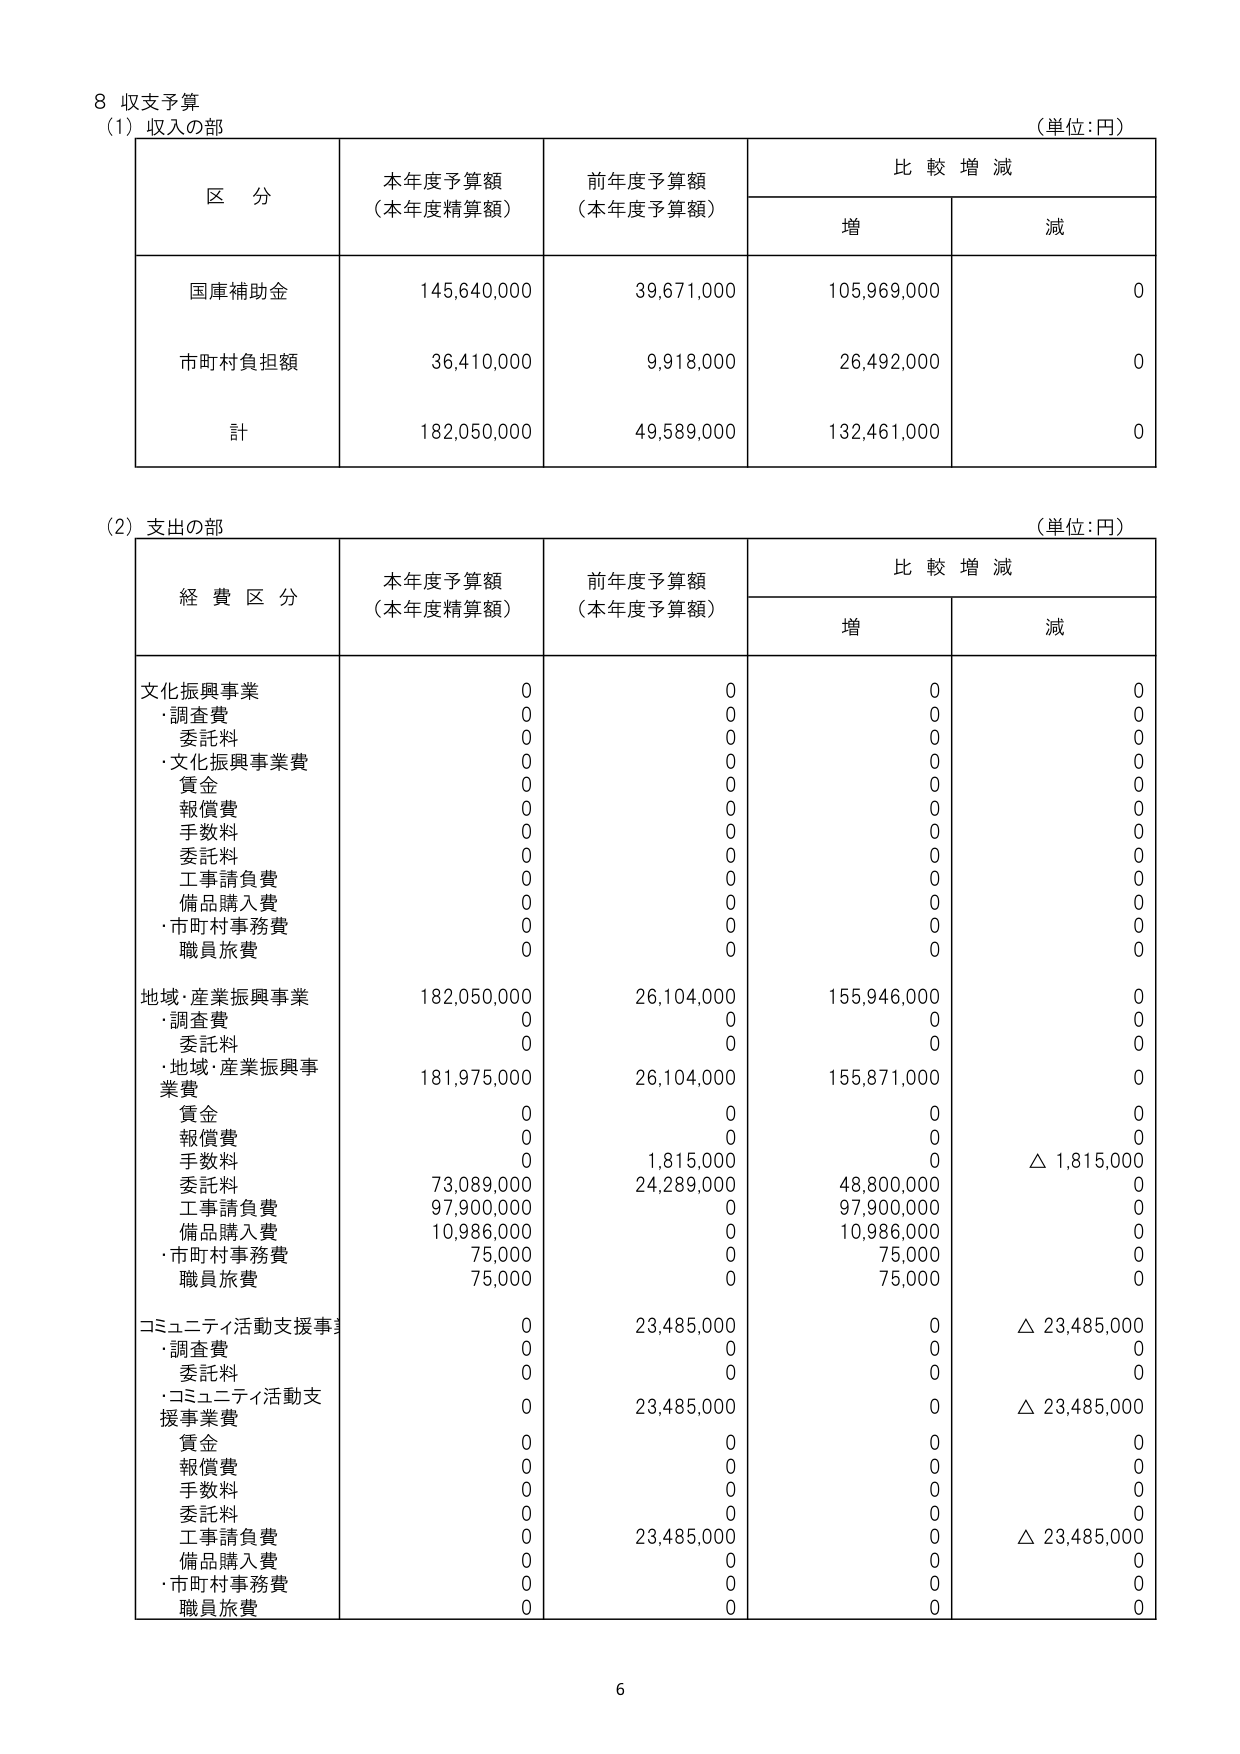
8 収支予算
(1) 収入の部
（単位：円）

区 分  本年度予算額（本年度精算額）  前年度予算額（本年度予算額）  比較増減
　　　　　　　　　　　　　　　　　　　　　　　　　　　　　　　　　　増　　　減

国庫補助金　　145,640,000　　39,671,000　　105,969,000　　0
市町村負担額　　36,410,000　　9,918,000　　26,492,000　　0
計　　　　182,050,000　　49,589,000　　132,461,000　　0

(2) 支出の部
（単位：円）

経費区分  本年度予算額（本年度精算額）  前年度予算額（本年度予算額）  比較増減
　　　　　　　　　　　　　　　　　　　　　　　　　　　　　　　　　　増　　　減

文化振興事業　　0　　0　　0　　0
　・調査費　　0　　0　　0　　0
　　委託料　　0　　0　　0　　0
　・文化振興事業費　　0　　0　　0　　0
　　賃金　　0　　0　　0　　0
　　報償費　　0　　0　　0　　0
　　手数料　　0　　0　　0　　0
　　委託料　　0　　0　　0　　0
　　工事請負費　　0　　0　　0　　0
　　備品購入費　　0　　0　　0　　0
　・市町村事務費　　0　　0　　0　　0
　　職員旅費　　0　　0　　0　　0

地域・産業振興事業　　182,050,000　　26,104,000　　155,946,000　　0
　・調査費　　0　　0　　0　　0
　　委託料　　0　　0　　0　　0
　・地域・産業振興事業費　　181,975,000　　26,104,000　　155,871,000　　0
　　賃金　　0　　0　　0　　0
　　報償費　　0　　0　　0　　0
　　手数料　　0　　1,815,000　　0　　△ 1,815,000
　　委託料　　73,089,000　　24,289,000　　48,800,000　　0
　　工事請負費　　97,900,000　　0　　97,900,000　　0
　　備品購入費　　10,986,000　　0　　10,986,000　　0
　・市町村事務費　　75,000　　0　　75,000　　0
　　職員旅費　　75,000　　0　　75,000　　0

コミュニティ活動支援事業　　0　　23,485,000　　0　　△ 23,485,000
　・調査費　　0　　0　　0　　0
　　委託料　　0　　0　　0　　0
　・コミュニティ活動支援事業費　　0　　23,485,000　　0　　△ 23,485,000
　　賃金　　0　　0　　0　　0
　　報償費　　0　　0　　0　　0
　　手数料　　0　　0　　0　　0
　　委託料　　0　　0　　0　　0
　　工事請負費　　0　　23,485,000　　0　　△ 23,485,000
　　備品購入費　　0　　0　　0　　0
　・市町村事務費　　0　　0　　0　　0
　　職員旅費　　0　　0　　0　　0

6